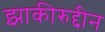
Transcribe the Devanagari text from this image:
झाकीरुद्दीन